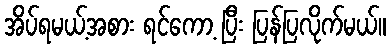
အိပ်ရမယ့်အစား ရင်ကော့ ပြီး ပြန်ပြလိုက်မယ်။